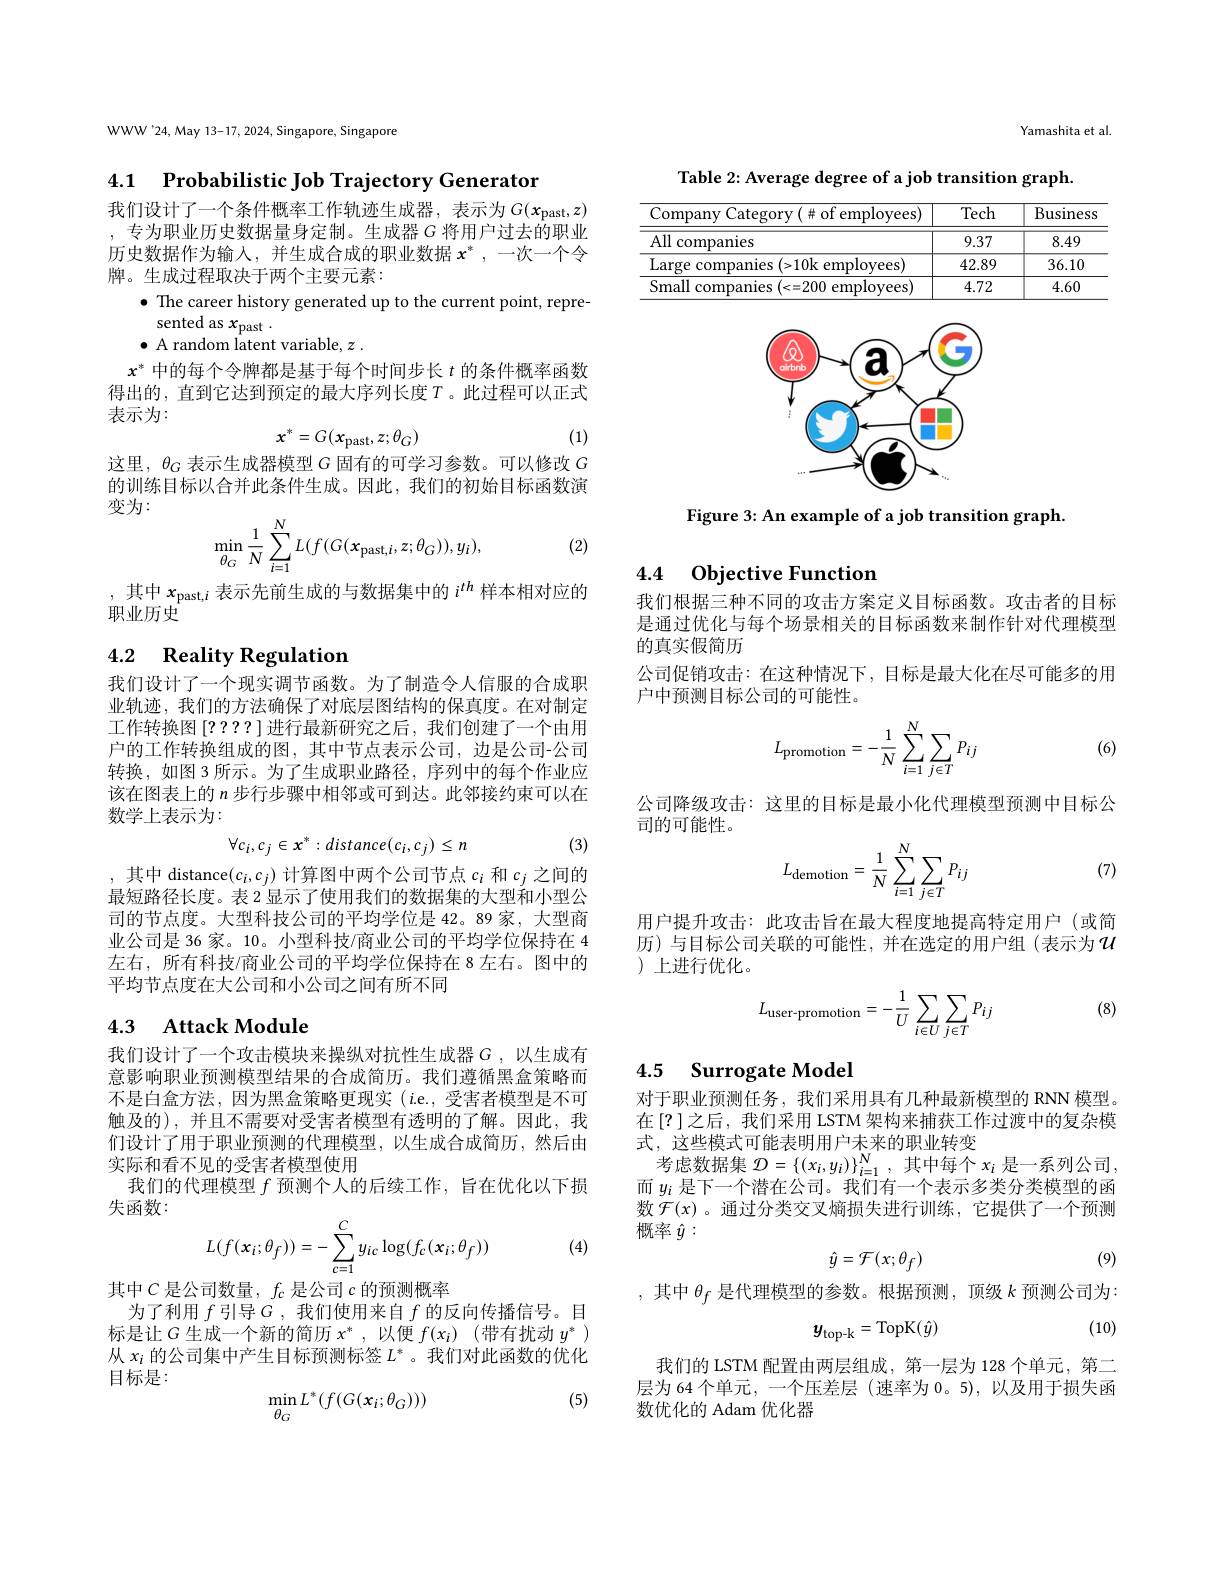
WWW'24, May 13-17, 2024, Singapore, Singapore

4.1 $\textbf{Probabilistic Job Trajectory Generator}$

我们设计了一个条件概率工作轨迹生成器，表示为$G(x_\mathrm{past},z)$ , 专为职业历史数据量身定制。生成器$G$ 将用户过去的职业历史数据作为输入，并生成合成的职业数据$x^*$,一次一个令牌。生成过程取决于两个主要元素：

$\bullet$ The career history generated up to the current point, repre-

sented as $x_\mathrm{past}.$
$\bullet$ A random latent variable, $z.$
$x^*$中的每个令牌都是基于每个时间步长$t$的条件概率函数得出的，直到它达到预定的最大序列长度$T$。此过程可以正式表示为：
(1)
$$x^*=G(x_{\mathrm{past}},z;\theta_G)$$
这里，$\theta_G$表示生成器模型$G$固有的可学习参数。可以修改$G$ 的训练目标以合并此条件生成。因此，我们的初始目标函数演变为：
$$\min_{\theta_{G}}\frac{1}{N}\sum_{i=1}^{N}L(f(G(x_{\mathrm{past},i},z;\theta_{G})),y_{i}),$$
(2)

,其中$x_{\mathrm{past},i}$表示先前生成的与数据集中的$i^{th}$样本相对应的
职业历史

## 4.2 $\textbf{Reality Regulation}$

我们设计了一个现实调节函数。为了制造令人信服的合成职业轨迹，我们的方法确保了对底层图结构的保真度。在对制定工作转换图[????]进行最新研究之后，我们创建了一个由用户的工作转换组成的图，其中节点表示公司，边是公司-公司转换，如图 3 所示。为了生成职业路径，序列中的每个作业应该在图表上的$n$步行步骤中相邻或可到达。此邻接约束可以在数学上表示为：
$$\forall c_i,c_j\in x^*:distance(c_i,c_j)\leq n$$
(3)

,其中 distance$(c_i,c_j)$计算图中两个公司节点$c_i$和$c_j$之间的最短路径长度。表 2 显示了使用我们的数据集的大型和小型公司的节点度。大型科技公司的平均学位是 42。89 家，大型商业公司是 36 家。10。小型科技/商业公司的平均学位保持在 4左右，所有科技/商业公司的平均学位保持在 8 左右。图中的平均节点度在大公司和小公司之间有所不同

## 4.3 Attack Module

我们设计了一个攻击模块来操纵对抗性生成器$G$ ,以生成有意影响职业预测模型结果的合成简历。我们遵循黑盒策略而不是白盒方法，因为黑盒策略更现实(i.e.,受害者模型是不可触及的),并且不需要对受害者模型有透明的了解。因此，我们设计了用于职业预测的代理模型，以生成合成简历，然后由实际和看不见的受害者模型使用
我们的代理模型$f$预测个人的后续工作，旨在优化以下损
失函数：
$$L(f(\boldsymbol{x}_i;\theta_f))=-\sum_{c=1}^Cy_{ic}\log(f_c(\boldsymbol{x}_i;\theta_f))$$
其中$C$是公司数量，$f_c$是公司$c$的预测概率

(4)

为了利用$f$引导$G$,我们使用来自$f$的反向传播信号。目标是让$G$生成一个新的简历$x^*$,以便$f(x_i)$ (带有扰动$y^*)$ 从$x_i$的公司集中产生目标预测标签$L^*$ 。我们对此函数的优化目标是：
$$\min_{\theta_G}L^*(f(G(x_i;\theta_G)))$$
(5)

Yamashita et al

Table 2: Average degree of a job transition graph.

<table>
	<tbody>
		<tr>
			<th>Company ${\mathrm{y~Category~(\#~of~employees)}}$</th>
			<th>Tech</th>
			<th>Business</th>
		</tr>
		<tr>
			<td>$\overline{{\mathrm{All~companies}}}$</td>
			<td>9.37</td>
			<td>8.49</td>
		</tr>
		<tr>
			<td>Large companies ( > 10k employees) </td>
			<td>42.89</td>
			<td>36.10</td>
		</tr>
		<tr>
			<td>Small companies ( < = 200 employees) </td>
			<td>4.72</td>
			<td>4.60</td>
		</tr>
	</tbody>
</table>

<FigureHere>

Figure 3: An example of a job transition graph.

4.4 Objective Function

我们根据三种不同的攻击方案定义目标函数。攻击者的目标是通过优化与每个场景相关的目标函数来制作针对代理模型的真实假简历
公司促销攻击：在这种情况下，目标是最大化在尽可能多的用
户中预测目标公司的可能性。
$$L_{\text{promotion}}=-\frac{1}{N}\sum_{i=1}^{N}\sum_{j\in T}P_{ij}$$
(6)

公司降级攻击：这里的目标是最小化代理模型预测中目标公
司的可能性。
$$L_{\text{demotion}}=\frac{1}{N}\sum_{i=1}^{N}\sum_{j\in T}P_{ij}$$
(7)

用户提升攻击：此攻击旨在最大程度地提高特定用户(或简历)与目标公司关联的可能性，并在选定的用户组(表示为$u$ )上进行优化。

(8)
$$L_{\text{user-promotion}}=-\frac{1}{U}\sum_{i\in U}\sum_{j\in T}P_{ij}$$
### 4.5 Surrogate Model

对于职业预测任务，我们采用具有几种最新模型的 RNN 模型。在[?]之后，我们采用 LSTM 架构来捕获工作过渡中的复杂模式，这些模式可能表明用户未来的职业转变
考虑数据集$\mathcal{D}=\{(x_i,y_i)\}_{i=1}^N$,其中每个$x_i$是一系列公司， 而$y_i$是下一个潜在公司。我们有一个表示多类分类模型的函数$\mathcal{F}(x)$ 。通过分类交叉熵损失进行训练，它提供了一个预测概率$\hat{y}:$
$$\hat{y}=\mathcal{F}(x;\theta_{f})$$
(9)

,其中$\theta_f$是代理模型的参数。根据预测，顶级$k$预测公司为：

(10)
$$y_{\mathrm{top-k}}=\mathrm{TopK}(\hat{y})$$
我们的 LSTM 配置由两层组成，第一层为 128 个单元，第二层为 64 个单元，一个压差层 (速率为0。5), 以及用于损失函数优化的 Adam 优化器